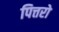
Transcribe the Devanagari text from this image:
पित्तरो